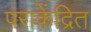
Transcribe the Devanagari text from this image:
पराकेंद्रित